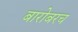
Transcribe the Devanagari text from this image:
बारोबरच